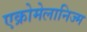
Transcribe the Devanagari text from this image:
एक्रोमेलानिज्म